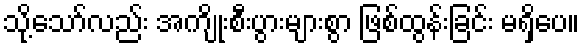
သို့သော်လည်း အကျိုးစီးပွားများစွာ ဖြစ်ထွန်းခြင်း မရှိပေ။